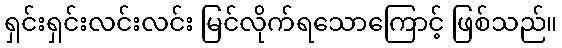
ရှင်းရှင်းလင်းလင်း မြင်လိုက်ရသောကြောင့် ဖြစ်သည်။